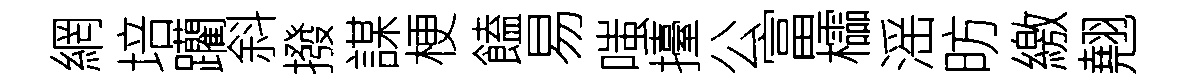
網培躪斜撥謀梗饁易嗤擡公富櫺滛昉繳翹